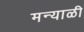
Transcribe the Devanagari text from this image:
मन्याळी